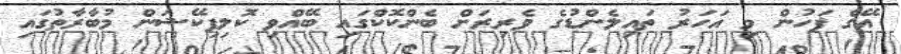
އޭގެ ފަހުން މި އަހަރު ތައިލެންޑުގެ ވެރިރަށް ބެންކޮކްގައި ބޭއްވި ކޮލިފިކޭޝަން މުބާރާތުގައި